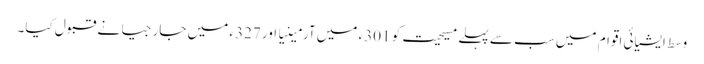
وسط ایشیائی اقوام میں سب سے پہلے مسیحیت کو 301ء میں آرمینیا اور 327ء میں جارجیا نے قبول کیا۔